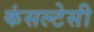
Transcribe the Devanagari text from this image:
कंसल्टेसी